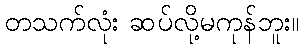
တသက်လုံး ဆပ်လို့မကုန်ဘူး။